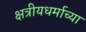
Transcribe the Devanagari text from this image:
क्षत्रीयधर्माच्या